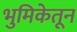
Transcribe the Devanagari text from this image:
भुमिकेतून